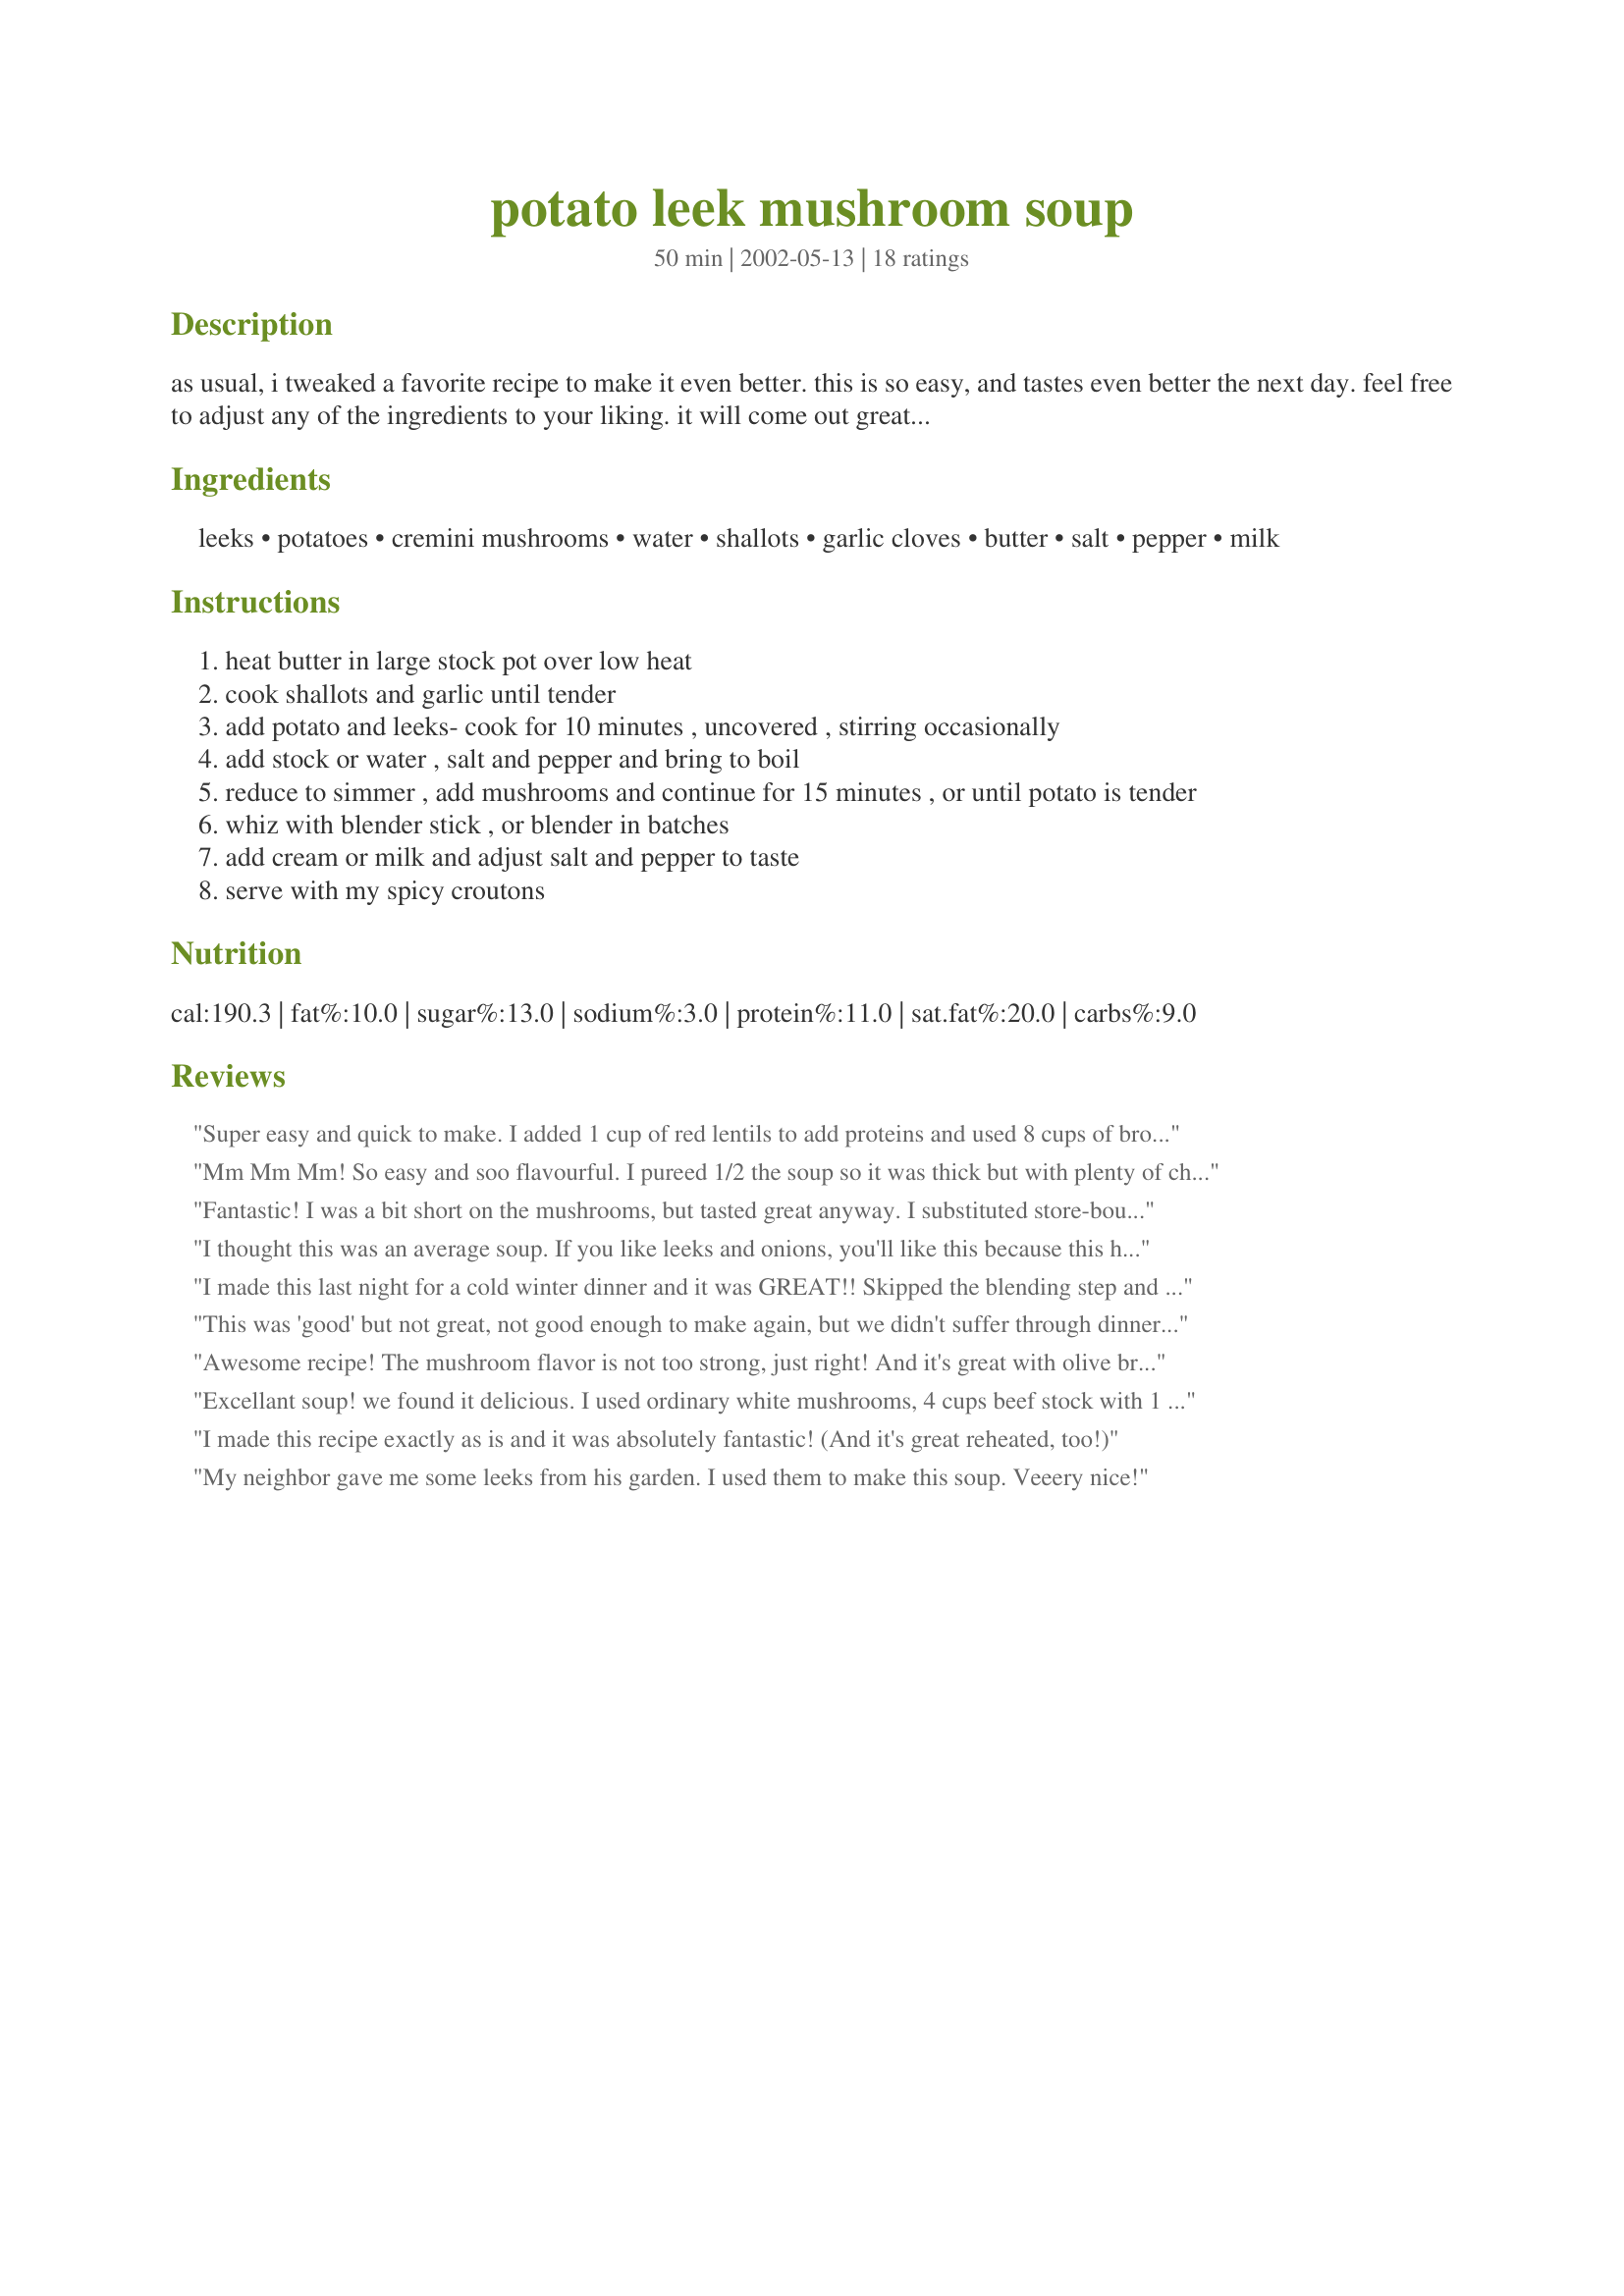
potato leek mushroom soup
Preparation time: 50 minutes

as usual, i tweaked a favorite recipe to make it even better. this is so easy, and tastes even better the next day. feel free to adjust any of the ingredients to your liking. it will come out great! i highly recommend serving with my recipe #28249 on top.

Ingredients:
leeks, potatoes, cremini mushrooms, water, shallots, garlic cloves, butter, salt, pepper, milk

Steps:
heat butter in large stock pot over low heat
cook shallots and garlic until tender
add potato and leeks- cook for 10 minutes , uncovered , stirring occasionally
add stock or water , salt and pepper and bring to boil
reduce to simmer , add mushrooms and continue for 15 minutes , or until potato is tender
whiz with blender stick , or blender in batches
add cream or milk and adjust salt and pepper to taste
serve with my spicy croutons

Reviews:
Super easy and quick to make. I added 1 cup of red lentils to add proteins and used 8 cups of broth instead of 5. A teaspoon of thyme gave a little more taste.
Mm Mm Mm! So easy and soo flavourful. I pureed 1/2 the soup so it was thick but with plenty of chunks of veggies to savour. Thanks for the wonderful recipe Lisa Pizza! :)
Fantastic! I was a bit short on the mushrooms, but tasted great anyway. I substituted store-bought croutons and finished with a splash of sherry directly in the bowl to counterpoint the softness. Near perfection. Thank-you.
I thought this was an average soup. If you like leeks and onions, you'll like this because this has a definite "Leeky" taste. I did like the texture of the soup from the potatoes. And I did like the little flecks of mushroom pieces after pureeing the mushroom. I would like to have this taste a bit less strong in the leek area though, but I think cutting the amount back might not make the same kind of soup. This recipe isn't for me because of the strong leek taste. The other parts were fine.
I made this last night for a cold winter dinner and it was GREAT!! Skipped the blending step and just boiled the potatoes a little longer until they were extra soft and then made sure to stir the soup really good so some of the potatoes mashed up a little bit. We liked it better chunky like this! I think we could do without the milk next time, but it was still delicious! Amazing with some Louisiana Hot Sauce!! Thank you!
This was 'good' but not great, not good enough to make again, but we didn't suffer through dinner, it was enjoyable enough.
Awesome recipe! The mushroom flavor is not too strong, just right! And it's great with olive bread on the side.
Excellant soup! we found it delicious. I used ordinary white mushrooms, 4 cups beef stock with 1 cup of water. Had no shallots so subed with onions and used light olive oil instead of butter. I used quite a bit of black pepper which gave it a nice peppery kick and 2% milk. Mine made about 8 servings, I did have 2 huge potatoes to use up, I put 3 containers in the freezer after using it for a delicious lunch for the two of us. Turned out nice and thick and flavourful! I will make it again, DH loved it, thanks for posting
I made this recipe exactly as is and it was absolutely fantastic! (And it's great reheated, too!)
My neighbor gave me some leeks from his garden. I used them to make this soup. Veeery nice!
Although the flavor was very good, the cooking method.did not work entirely as I would have wished. I would have preferred for the ingredients list to follow the order in which they were used in the recipe, as the convention says. Then, the cooking of the potatoes & leeks withou additional liquid did not do much for them. I therefore added the broth and simmered the veggies except the mushrooms for 10 minutes more. Then I added the mushrooms and followed the rest of the directions. The only other change I made was to replace the shallots with finely chopped onion, celery & carrot, as we don't have shallots where I live. This may give the soup a slightly different flavor, but still good.
I found this soup to be a bit bland (even with vegie stock)so i added 2 teaspoons of sun-dried tomato tapenade to the finished product and this boosted the flavour.
This was really good, very hearty, and very easy and quick to make.
Excellent soup! My husband especially liked it. I had to use baby bellas because the store didn't have cremini mushrooms, used beef stock and fat free 1/2 and 1/2 for the milk. I pureed with my hand blender. The house smelled hevenly and we all love it.
Loved this! Just a few tweeks- I didn't have any shallot or leeks so I just chopped up a yellow onion and threw it in. Whizzed it all up in the blender adding half and half to taste. Served with your spicey croutons. Thumbs up all the way around. Next time I may leave a few mushroom pieces whole to add a different texture and for that good mushroomy goodness.
Made this last night for dinner. Wow!! It was delicious!!! I used 10 "gourmet stuffer" mushrooms and it turned out wonderfully.
Thanks for the recipe.
YUM! I can't decide if this is a mushroom soup with potatoes, or a potatoe soup with mushrooms. My local grocery does not have cremini mushrooms, so I used baby portobellos (I clicked on "cremini" and it said portobellos are the mature form of creminis, so a baby port should do).

Anyway, I used an 8oz. box of sliced baby ports, and I used half-and-half. I chopped the potatoes with my pampered chef chopper, so they were fairly fine. After I simmered it, I decided to ship the puree step, because it looked so pretty with the mushroom slices floating in it! I added 2 tsp. of salt, which was perfect for my taste.

Good Soup!
As soon as I saw this recipe I knew I had to make it. Didn't have creminis, but substituted other mushrooms, and only had one largish leek. Mmmmm!! Combined two of my favourite soups (potato and mushroom).Great winter comfort soup.
